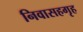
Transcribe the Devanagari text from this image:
निवासहगृह